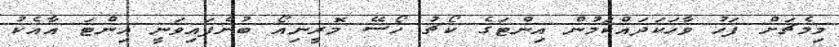
މިމެޗަށް ފަހު ވާހަކަދައްކަމުން އިންޓަގެ ކޯޗު ހޯސޭ މޮރީނިއޯ ބުނެފައިވަނީ އިންޓަ އާއެކު